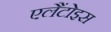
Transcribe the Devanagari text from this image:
एलैंटोइस